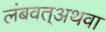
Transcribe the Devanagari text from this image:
लंबवत्अथवा